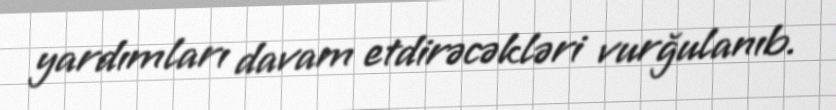
yardımları davam etdirəcəkləri vurğulanıb.